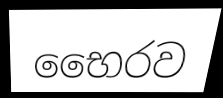
භෛරව